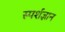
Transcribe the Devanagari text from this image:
स्‍पर्शज्ञान